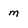
Character: m